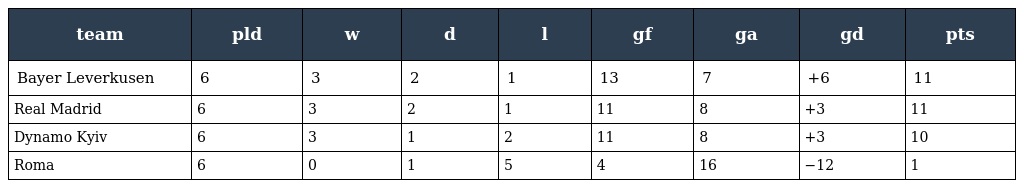
| team | pld | w | d | l | gf | ga | gd | pts |
 | --- | --- | --- | --- | --- | --- | --- | --- | --- |
 | Bayer Leverkusen | 6 | 3 | 2 | 1 | 13 | 7 | +6 | 11 |
 | Real Madrid | 6 | 3 | 2 | 1 | 11 | 8 | +3 | 11 |
 | Dynamo Kyiv | 6 | 3 | 1 | 2 | 11 | 8 | +3 | 10 |
 | Roma | 6 | 0 | 1 | 5 | 4 | 16 | −12 | 1 |